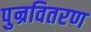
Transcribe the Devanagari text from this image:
पुन्रवितरण